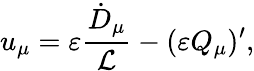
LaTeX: u_{\mu}=\varepsilon\frac{\dot{D}_{\mu}}{{\cal L}}-(\varepsilon Q_{\mu})^{\prime},